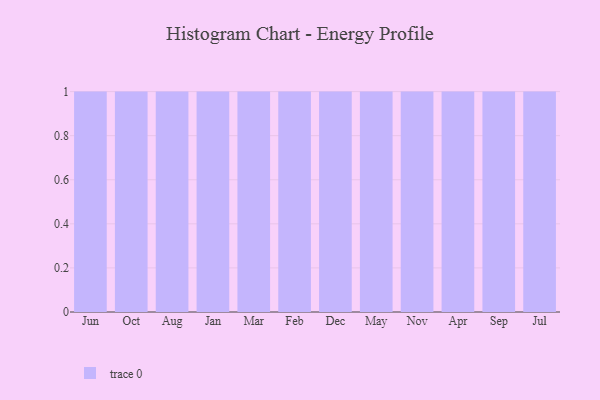
{"axis": {"x": "Month", "y": "Website Visitors"}, "legend": [""], "data": [{"x": "Jun", "y": 33, "type": ""}, {"x": "Oct", "y": 88, "type": ""}, {"x": "Aug", "y": 51, "type": ""}, {"x": "Jan", "y": 66, "type": ""}, {"x": "Mar", "y": 93, "type": ""}, {"x": "Feb", "y": 88, "type": ""}, {"x": "Dec", "y": 34, "type": ""}, {"x": "May", "y": 43, "type": ""}, {"x": "Nov", "y": 96, "type": ""}, {"x": "Apr", "y": 26, "type": ""}, {"x": "Sep", "y": 61, "type": ""}, {"x": "Jul", "y": 21, "type": ""}]}